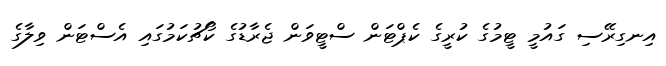
އިނގިރޭސި ގައުމީ ޓީމުގެ ކުރީގެ ކެޕްޓަން ސްޓީވަން ޖެރާޑުގެ ކޯޗުކަމުގައި އެސްޓަން ވިލާގެ